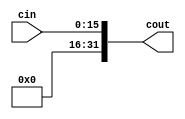
`timescale 1ns / 1ps
//////////////////////////////////////////////////////////////////////////////////
// Company: 
// Engineer: 
// 
// Design Name: 
// Module Name: signextu
// Project Name: 
// Target Devices: 
// Tool Versions: 
// Description: 
// 
// Dependencies: 
// 
// Revision:
// Revision 0.01 - File Created
// Additional Comments:
// 
//////////////////////////////////////////////////////////////////////////////////


module signextu(cin,cout);
input [15:0] cin;
output[31:0] cout;
assign cout = {{16{1'b0}},cin}; 
endmodule